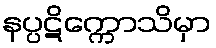
နပ္ပဋိက္ကောသိမှာ